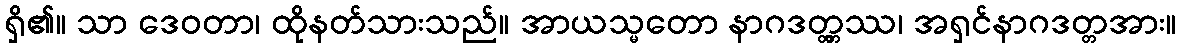
ရှိ၏။ သာ ဒေဝတာ၊ ထိုနတ်သားသည်။ အာယသ္မတော နာဂဒတ္တ္တဿ၊ အရှင်နာဂဒတ္တအား။